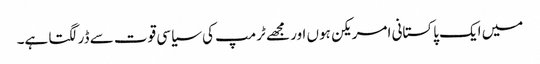
میں ایک پاکستانی امریکن ہوں اور مجھے ٹرمپ کی سیاسی قوت سے ڈر لگتا ہے۔